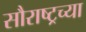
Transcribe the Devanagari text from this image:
सौराष्ट्रच्या